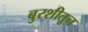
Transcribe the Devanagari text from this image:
बुरशीतून